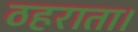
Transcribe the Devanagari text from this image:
ठहराता।